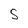
Character: S